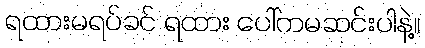
ရထားမရပ်ခင် ရထား ပေါ်ကမဆင်းပါနဲ့။